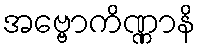
အဗ္ဗောကိဏ္ဏာနိ